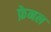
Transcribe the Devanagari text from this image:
फ़ेनल